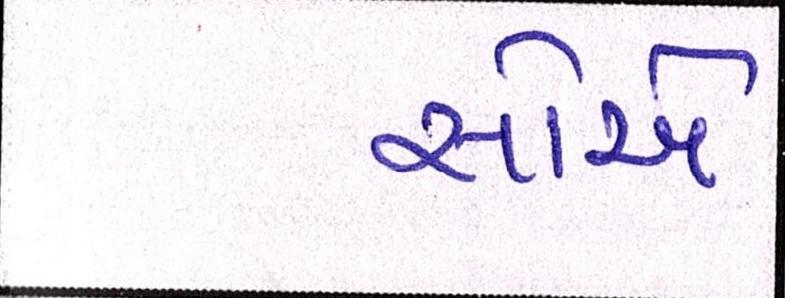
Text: સોએ